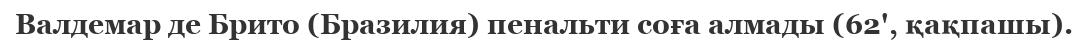
Валдемар де Брито (Бразилия) пенальти соға алмады (62', қақпашы).